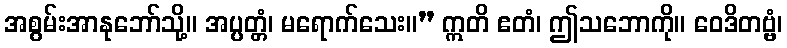
အစွမ်းအာနုဘော်သို့။ အပ္ပတ္တံ၊ မရောက်သေး။” ဣတိ ဧတံ၊ ဤသဘောကို။ ဝေဒိတဗ္ဗံ၊